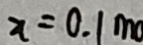
x = 0 . 1 m